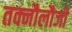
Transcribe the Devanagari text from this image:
तक्नौलौजी